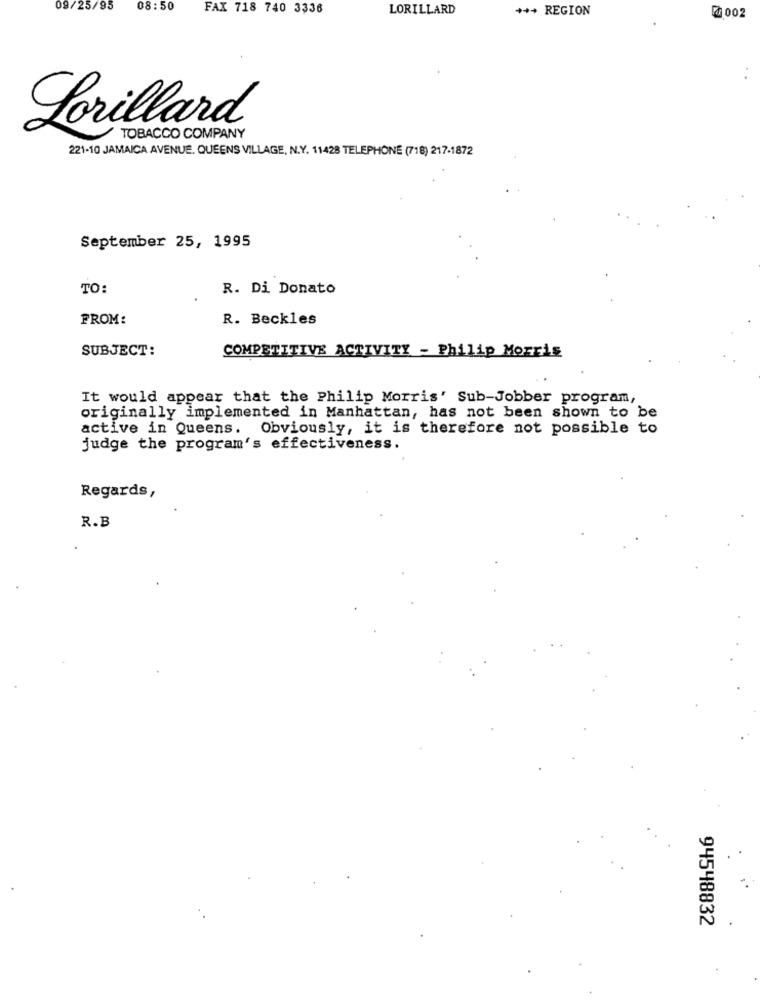
09/25/95
08:50
FAX 718 740 3336
LORILLARD
+++ REGION
₪ 002
Lorillard
TOBACCO COMPANY
221-10 JAMAICA AVENUE. QUEENS VILLAGE, N.Y. 11428 TELEPHONE (718) 217-1872
September 25, 1995
TO:
R. Di Donato
FROM:
R. Beckles
SUBJECT:
COMPETITIVE ACTIVITY - Philip Morris
It would appear that the Philip Morris' Sub-Jobber program,
originally implemented in Manhattan, has not been shown to be
active in Queens. Obviously, it is therefore not possible to
judge the program's effectiveness.
Regards,
R.B
94548832